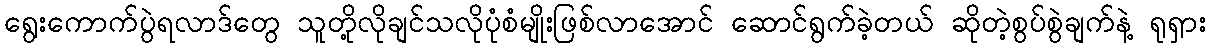
ရွေးကောက်ပွဲရလာဒ်တွေ သူတို့လိုချင်သလိုပုံစံမျိုးဖြစ်လာအောင် ဆောင်ရွက်ခဲ့တယ် ဆိုတဲ့စွပ်စွဲချက်နဲ့ ရုရှား